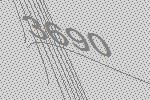
3690